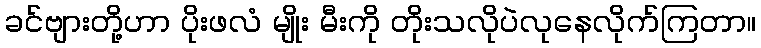
ခင်ဗျားတို့ဟာ ပိုးဖလံ မျိုး မီးကို တိုးသလိုပဲလုနေလိုက်ကြတာ။